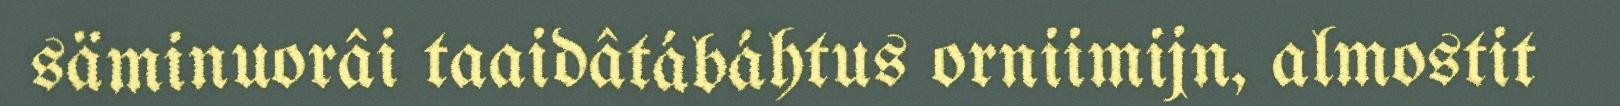
säminuorâi taaidâtábáhtus orniimijn, almostit